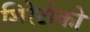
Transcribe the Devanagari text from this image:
शिरेटोको